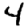
Digit: 4